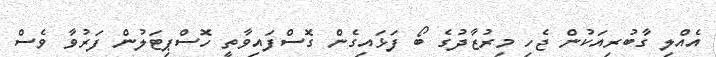
އެއްލި ގާބުރިއަކުން ޖެހި މިރުޒާދުގެ ބޯ ފަޅައިގެން ގޮސްފައިވާތީ ހޮސްޕިޓަލުން ފަރުވާ ވެސް